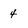
Character: 4